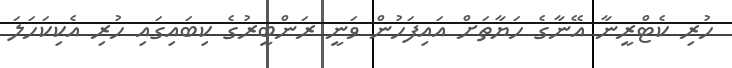
ހުރި ކެޓްރީނާ އޭނާގެ ހަޔާތަށް އައިފަހުން ވަނީ ރަންބީރުގެ ކިބައިގައި ހުރި އެކިކަހަލަ